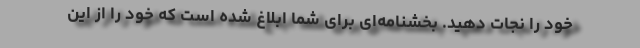
خود را نجات دهید. بخشنامه‌ای برای شما ابلاغ شده است که خود را از این